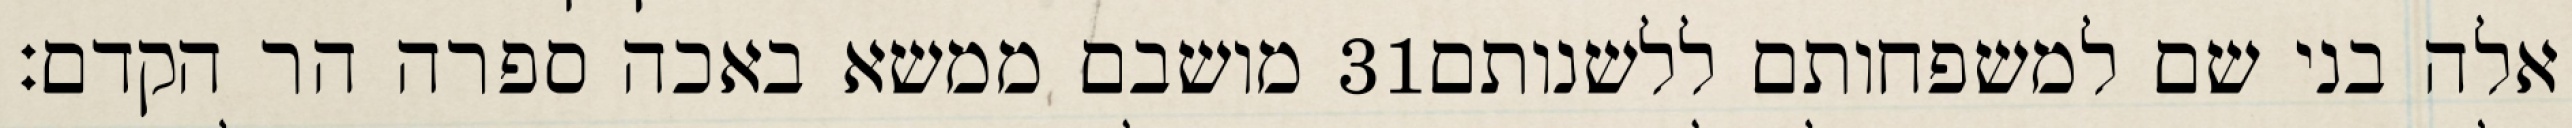
מושבם ממשא באכה ספרה הר הקדם׃ ‎31‏ אלה בני שם למשפחותם ללשנותם